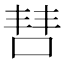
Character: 𫪙